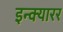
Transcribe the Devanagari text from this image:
इन्क्यारर